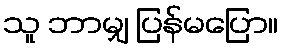
သူ ဘာမျှ ပြန်မပြော။